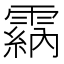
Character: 𩄵